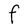
Character: F